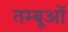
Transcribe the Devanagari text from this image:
तम्बूओं